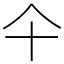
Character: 仐